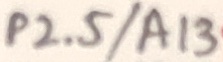
Text: P2.5/A13